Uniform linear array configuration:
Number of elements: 4
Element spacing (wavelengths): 1
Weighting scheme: kaiser
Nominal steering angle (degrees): -30
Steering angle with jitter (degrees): -29.37
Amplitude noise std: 0.05
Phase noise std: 0.05

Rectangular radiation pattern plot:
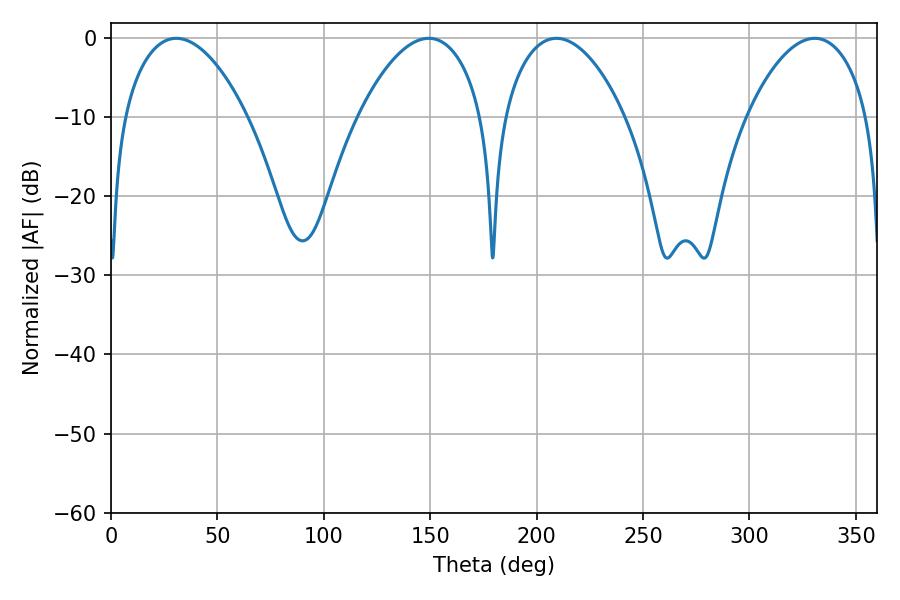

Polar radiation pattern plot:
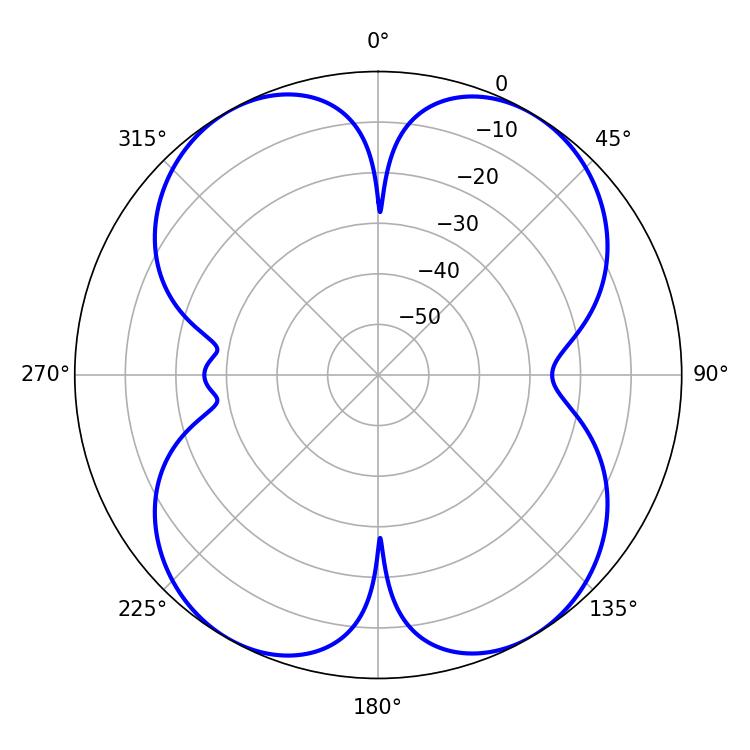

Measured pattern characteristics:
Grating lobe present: TRUE
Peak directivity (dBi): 16.63
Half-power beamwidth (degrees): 32.04
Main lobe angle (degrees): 209.34